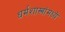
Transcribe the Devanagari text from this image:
धर्मशास्त्रांमध्ये